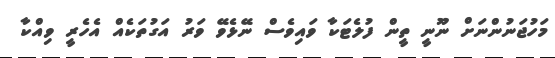
މަހުޖަނުންނަށް ނޫނީ ތީން ފުލެޓަކާ ވައިވެސް ނޭޅެވޭ ވަރު އަގުތަކެއް އެހެރީ ވިއްކާ